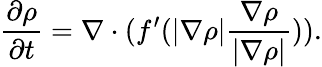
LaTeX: \frac{\partial\rho}{\partial t}=\nabla\cdot(f^{\prime}(|\nabla\rho|\frac{\nabla\rho}{|\nabla\rho|})).